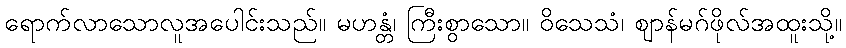
ရောက်လာသောလူအပေါင်းသည်။ မဟန္တံ၊ ကြီးစွာသော။ ဝိသေသံ၊ ဈာန်မဂ်ဖိုလ်အထူးသို့။